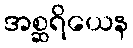
အစ္ဆရိယေန